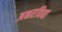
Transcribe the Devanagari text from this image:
अक्षरविद्या